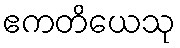
ဧကတိယေသု